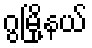
ဂွမြို့နယ်